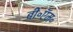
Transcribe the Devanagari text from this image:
बी॰ऍम॰